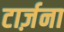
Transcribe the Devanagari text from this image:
टार्ज़ना